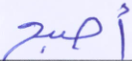
أصبح